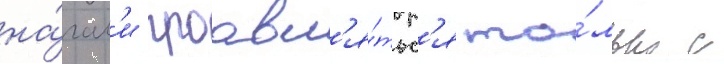
на́чал'и проавл'я́тьс'я то́лько с